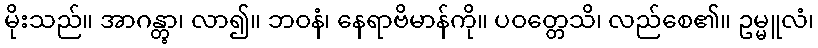
မိုးသည်။ အာဂန္တွာ၊ လာ၍။ ဘဝနံ၊ နေရာဗိမာန်ကို။ ပဝတ္တေသိ၊ လည်စေ၏။ ဥမ္မူလံ၊